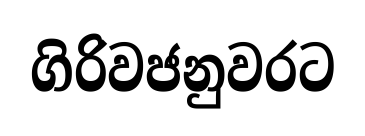
ගිරිවජනුවරට